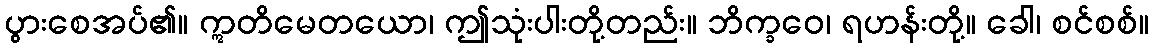
ပွားစေအပ်၏။ ဣတိမေတယော၊ ဤသုံးပါးတို့တည်း။ ဘိက္ခဝေ၊ ရဟန်းတို့။ ခေါ၊ စင်စစ်။